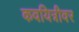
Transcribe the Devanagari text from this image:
कवयित्रीवर